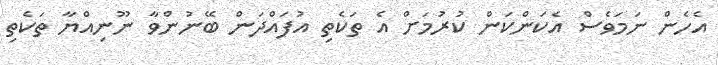
އެހެން ނަމަވެސް އެކަންކަން ކުރުމަށް އެ ތަކެތި އުފައްދަން ބޭނުންވާ ނޫނިއްޔާ ތަކެތި